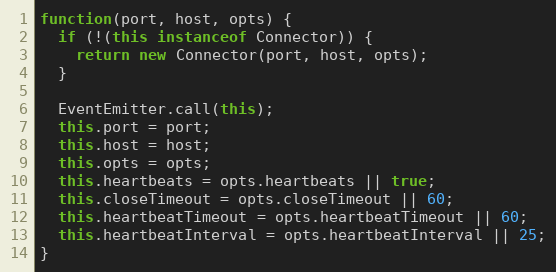
Language: JavaScript
function(port, host, opts) {
  if (!(this instanceof Connector)) {
    return new Connector(port, host, opts);
  }

  EventEmitter.call(this);
  this.port = port;
  this.host = host;
  this.opts = opts;
  this.heartbeats = opts.heartbeats || true;
  this.closeTimeout = opts.closeTimeout || 60;
  this.heartbeatTimeout = opts.heartbeatTimeout || 60;
  this.heartbeatInterval = opts.heartbeatInterval || 25;
}